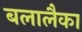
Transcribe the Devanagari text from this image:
बलालैका